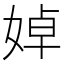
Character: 婥